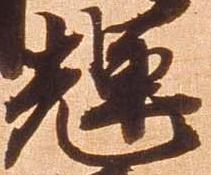
輝